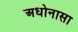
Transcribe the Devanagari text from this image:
अधोनासा